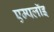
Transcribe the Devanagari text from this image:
एम्पलॉइ